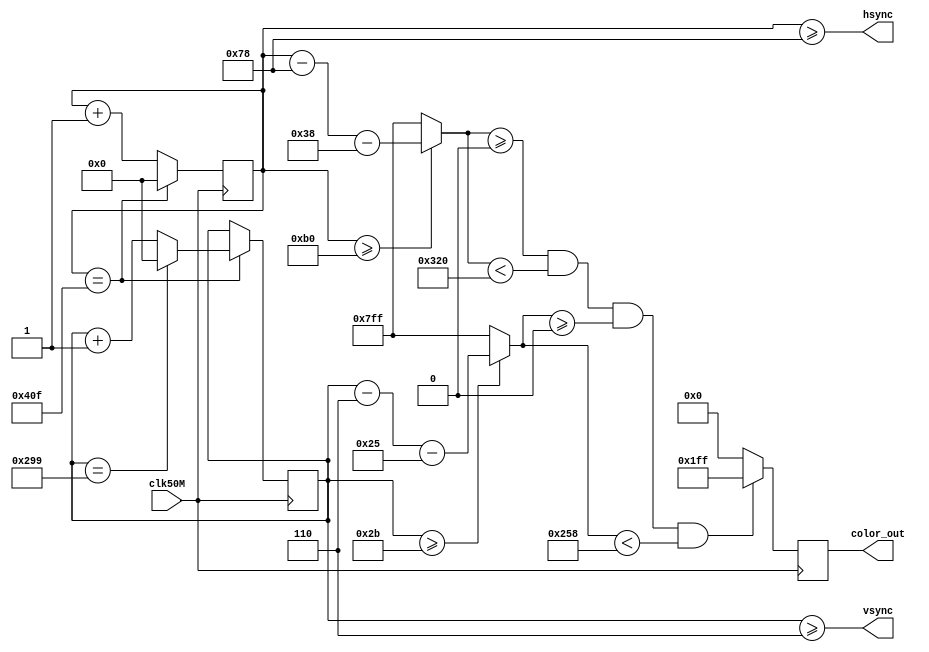
/*
 * $File: vga_driver.v
 * $Date: Mon Dec 30 20:56:56 2013 +0800
 * $Author: Xinyu Zhou <zxytim@gmail.com>
 *          jiakai <jia.kai66@gmail.com>
 */


// specification reference:
// http://tinyvga.com/vga-timing/800x600@72Hz
module vga_driver(
	input clk50M,
//    input [20:0] ram_start_addr, // display data is from ram_start_addr

	output reg [8:0] color_out, // 3 red, 3 green, 3 blue
	output hsync,
	output vsync
	);

	assign clk = clk50M;

	localparam H_VISIBLE_AREA = 800,
		H_FRONT_PORCH = 56,
		H_SYNC_PULSE = 120,
		H_BACK_PORCH = 64,
		H_WHOLE = 1040;

	localparam V_VISIBLE_AREA = 600,
		V_FRONT_PORCH = 37,
		V_SYNC_PULSE = 6,
		V_BACK_PORCH = 23,
		V_WHOLE = 666;

	reg [10:0] hsync_cnt = 0;
	reg [10:0] vsync_cnt = 0;

	assign hsync = (hsync_cnt >= H_SYNC_PULSE);
	assign vsync = (vsync_cnt >= V_SYNC_PULSE);

	wire [10:0] pixel_x = (hsync_cnt >= H_SYNC_PULSE + H_FRONT_PORCH ?
		hsync_cnt - H_SYNC_PULSE - H_FRONT_PORCH : {11{1'b1}});
	wire [10:0] pixel_y = (vsync_cnt >= V_SYNC_PULSE + V_FRONT_PORCH ?
		vsync_cnt - V_SYNC_PULSE - V_FRONT_PORCH : {11{1'b1}});

	wire should_draw = pixel_x >= 0 && pixel_x < H_VISIBLE_AREA && pixel_y >= 0 && pixel_y < V_VISIBLE_AREA;

	always @(posedge clk) begin
		if (hsync_cnt == H_WHOLE - 1) begin
			hsync_cnt <= 0;
			if (vsync_cnt == V_WHOLE - 1) begin
				vsync_cnt <= 0;
			end else begin
				vsync_cnt <= vsync_cnt + 1'b1;
			end
		end else begin
			hsync_cnt <= hsync_cnt + 1'b1;
		end
		if (should_draw) begin
			//`include "logo.v"
			color_out <= {9{1'b1}};
		end else
			color_out <= 0;
	end

endmodule